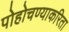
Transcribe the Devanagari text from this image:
पोहोचण्याकरिता